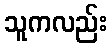
သူကလည်း